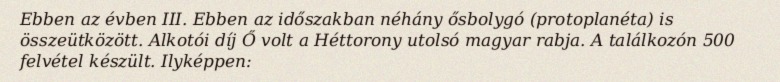
Ebben az évben III. Ebben az időszakban néhány ősbolygó (protoplanéta) is összeütközött. Alkotói díj Ő volt a Héttorony utolsó magyar rabja. A találkozón 500 felvétel készült. Ilyképpen: